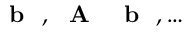
\textrm { \textbf { b } } , \textrm { \textbf { A } } \textrm { \textbf { b } } , \ldots